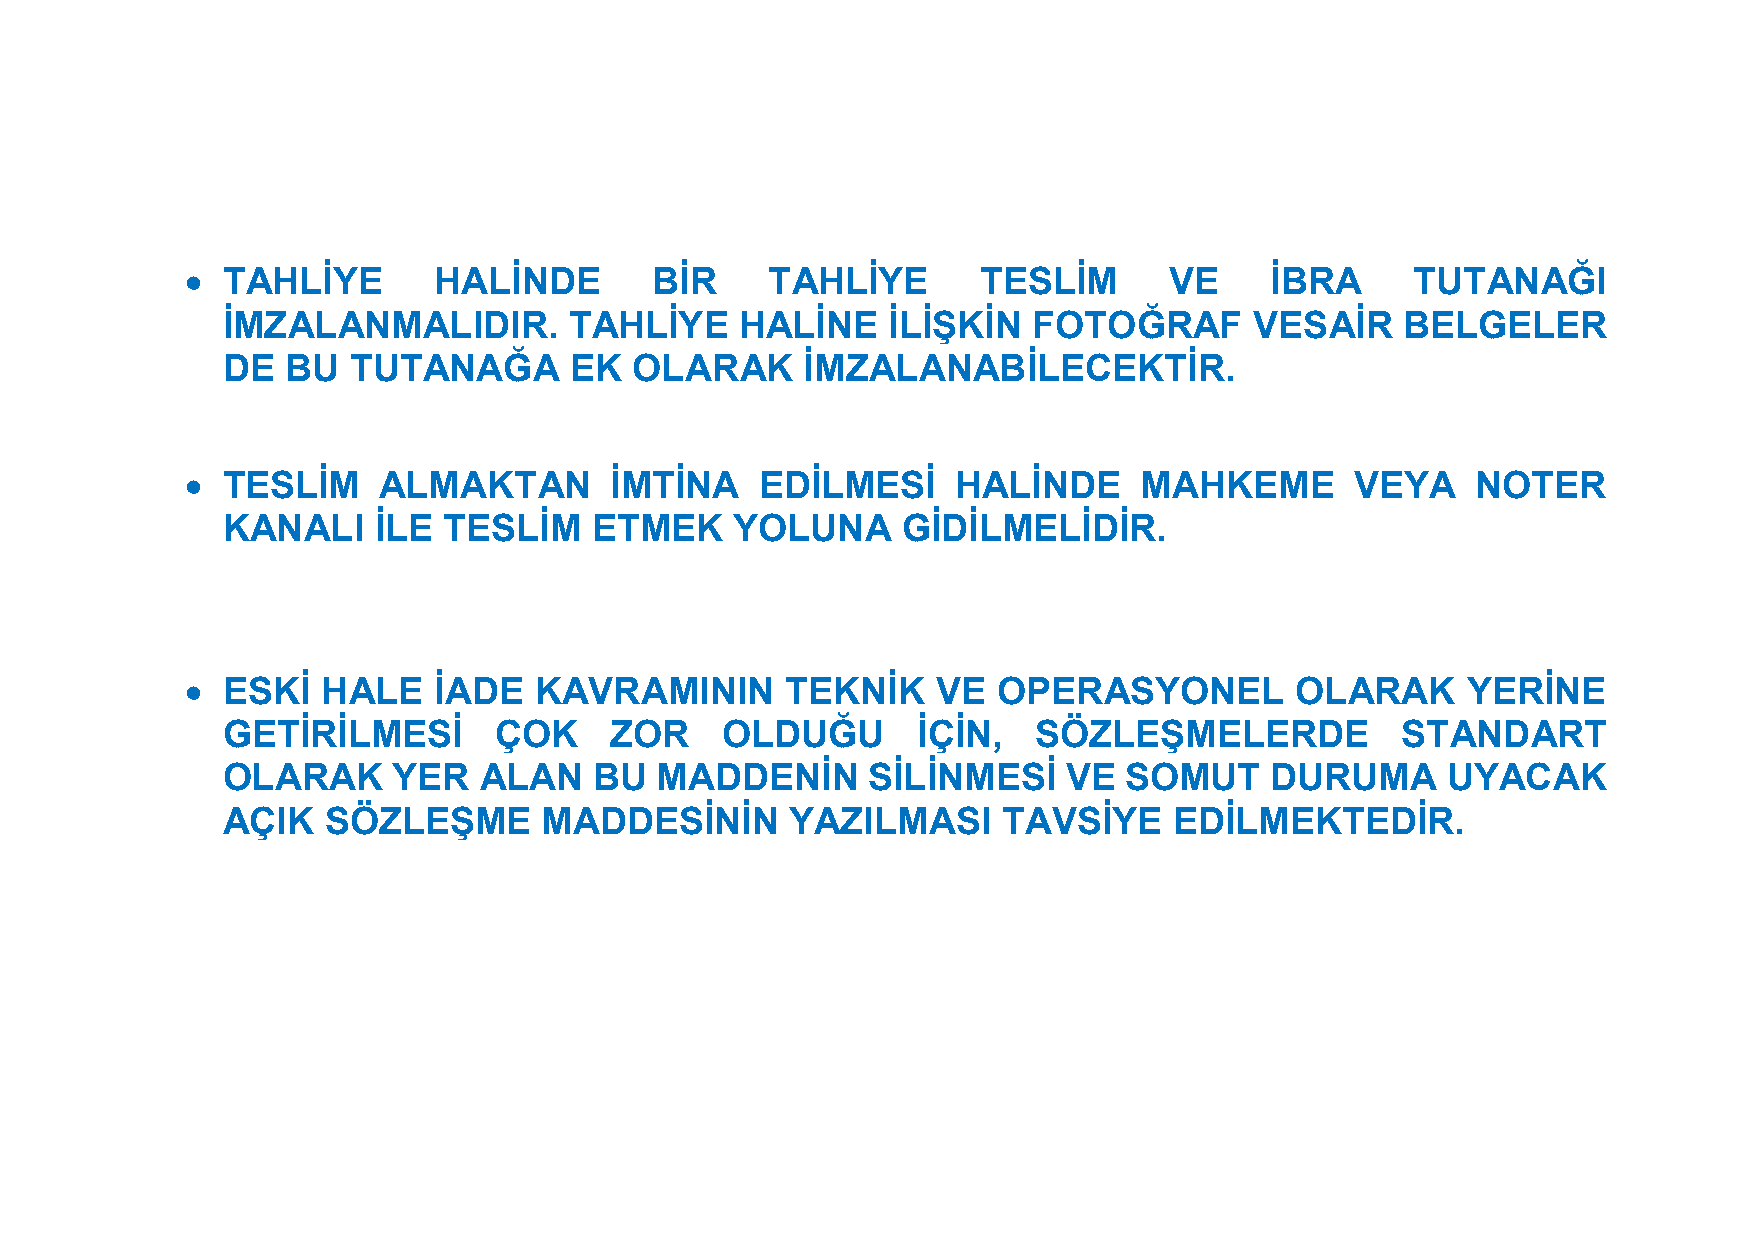
  TAHLİYE       HALİNDE       BİR     TAHLİYE       TESLİM      VE     İBRA      TUTANAĞI
 İMZALANMALIDIR.        TAHLİYE    HALİNE    İLİŞKİN  FOTOĞRAF       VESAİR    BELGELER
 DE  BU  TUTANAĞA       EK  OLARAK     İMZALANABİLECEKTİR.
   TESLİM    ALMAKTAN       İMTİNA    EDİLMESİ     HALİNDE      MAHKEME       VEYA    NOTER
 KANALI    İLE TESLİM    ETMEK     YOLUNA     GİDİLMELİDİR.
   ESKİ  HALE    İADE  KAVRAMININ       TEKNİK    VE  OPERASYONEL         OLARAK     YERİNE
 GETİRİLMESİ       ÇOK    ZOR     OLDUĞU       İÇİN,  SÖZLEŞMELERDE            STANDART
 OLARAK     YER   ALAN   BU  MADDENİN      SİLİNMESİ     VE SOMUT     DURUMA      UYACAK
 AÇIK  SÖZLEŞME       MADDESİNİN      YAZILMASI     TAVSİYE     EDİLMEKTEDİR.